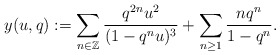
\begin{align*} y(u,q) &:= \sum_{n\in \mathbb{Z}}\frac{q^{2n}u^2}{(1-q^nu)^3}+\sum_{n\geq 1}\frac{nq^n}{1-q^n}.\end{align*}